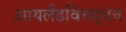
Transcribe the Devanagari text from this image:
आयर्लंडविरुद्धच